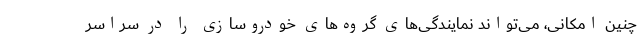
چنین امکانی، می‌تواند نمایندگی‌های گروه‌های خودروسازی را در سراسر